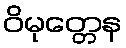
ဝိမုတ္တေန